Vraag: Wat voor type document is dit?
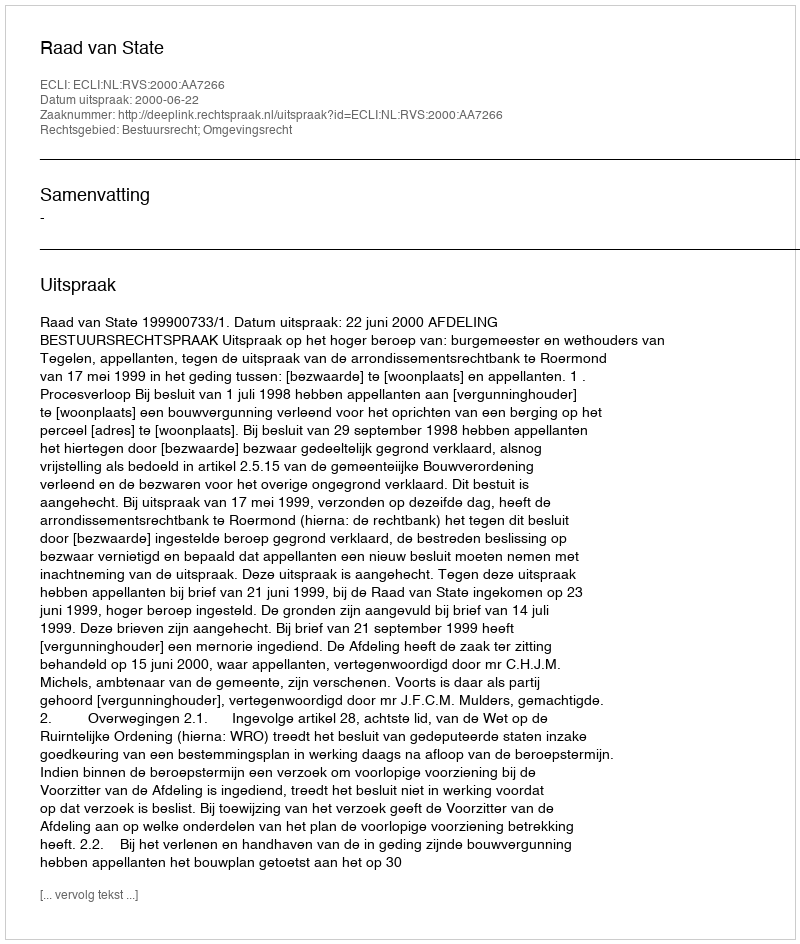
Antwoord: Uitspraak